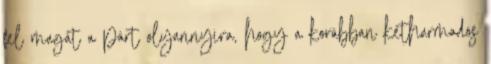
fel magát a párt olyannyira, hogy a korábban kétharmados